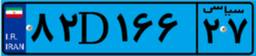
۸۲D۱۶۶۲۷